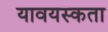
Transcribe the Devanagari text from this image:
यावयस्कता